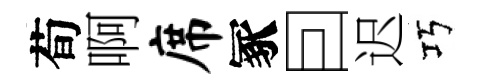
荀啊席冢囙迟巧